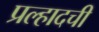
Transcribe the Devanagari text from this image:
प्रल्हादची